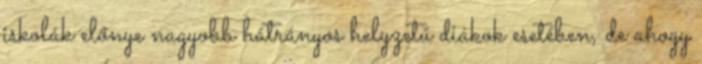
iskolák előnye nagyobb hátrányos helyzetű diákok esetében, de ahogy